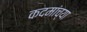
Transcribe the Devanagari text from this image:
कदमांच्या